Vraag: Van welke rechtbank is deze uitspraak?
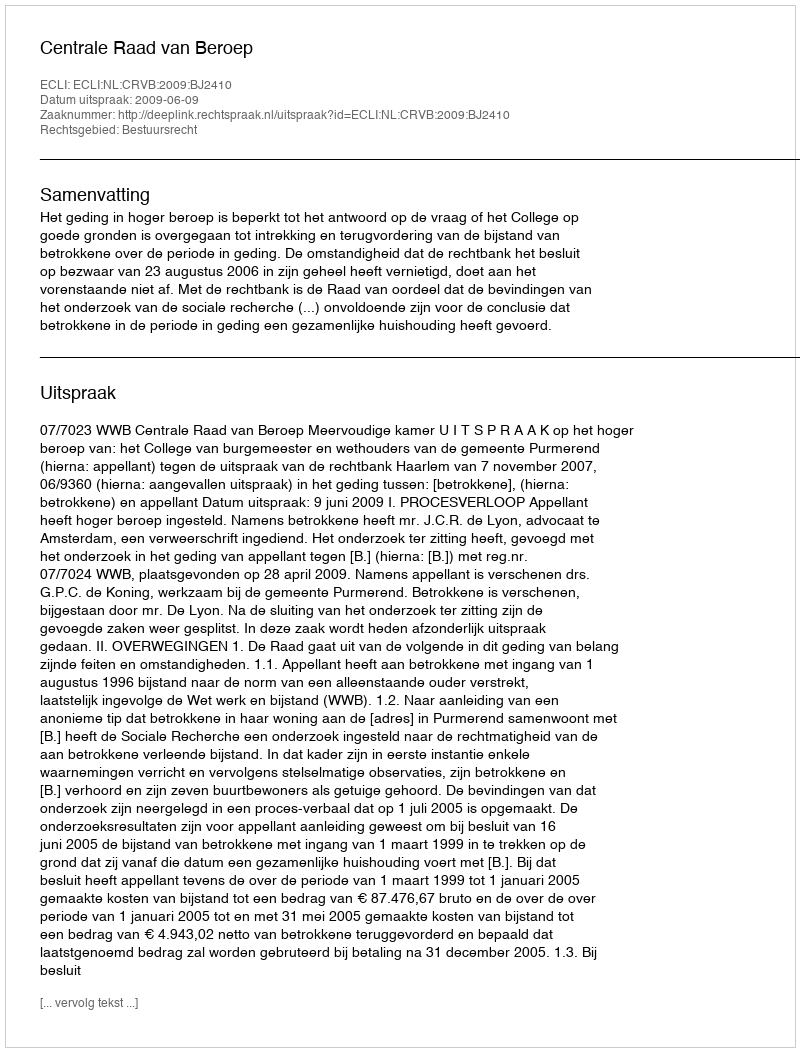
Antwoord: Centrale Raad van Beroep